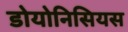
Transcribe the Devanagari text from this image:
डोयोनिसियस